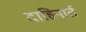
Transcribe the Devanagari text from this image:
दाहिनार्त